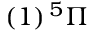
( 1 ) \, { } ^ { 5 } \ensuremath { \Pi }